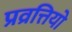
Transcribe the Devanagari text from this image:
प्रव्रत्तियो